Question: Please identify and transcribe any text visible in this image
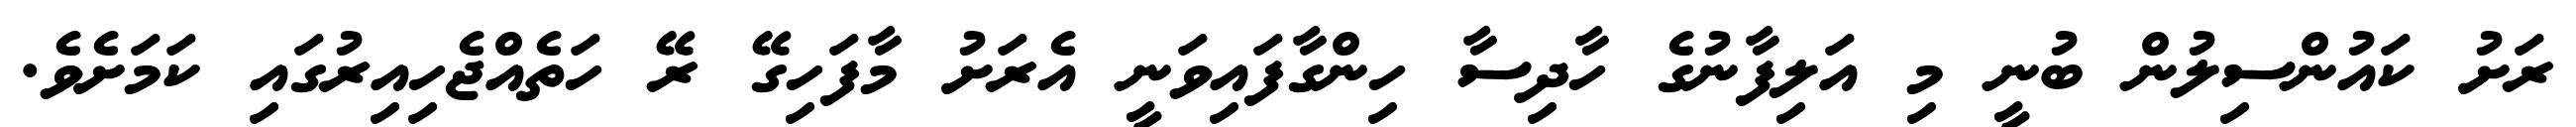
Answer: ރަށު ކައުންސިލުން ބުނީ މި އަލިފާނުގެ ހާދިސާ ހިންގާފައިވަނީ އެރަށު މާފަހިގޭ ރޭ ހަތެއްޖެހިއިރުގައި ކަމަށެވެ.